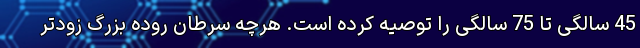
45 سالگی تا 75 سالگی را توصیه کرده است. هرچه سرطان روده بزرگ زودتر